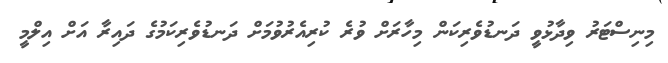
މިނިސްޓަރު ވިދާޅުވީ ދަނޑުވެރިކަން މިހާރަށް ވުރެ ކުރިއެރުވުމަށް ދަނޑުވެރިކަމުގެ ދައިރާ އަށް އިލްމީ